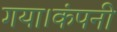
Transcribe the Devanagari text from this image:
गया।कंपनी